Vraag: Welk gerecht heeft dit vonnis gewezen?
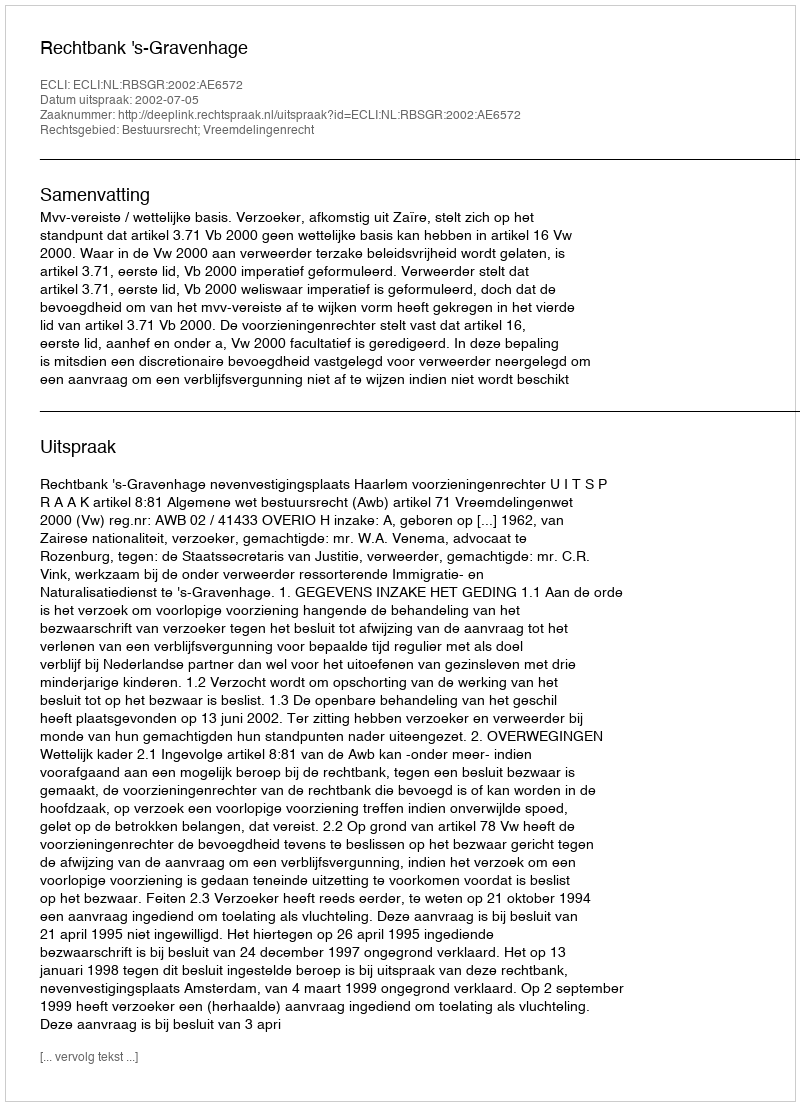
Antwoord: Rechtbank 's-Gravenhage